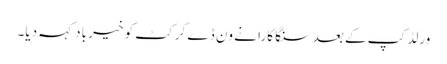
ورلڈ کپ کے بعد سنگا کارا نے ون ڈے کرکٹ کو خیر باد کہہ دیا۔